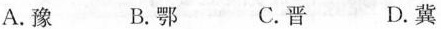
A.豫 B.鄂 C.晋 D.冀